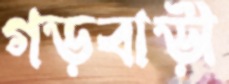
গড়বাড়ী